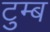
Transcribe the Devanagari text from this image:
टुम्ब